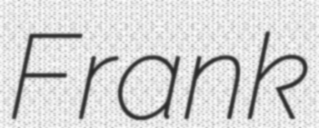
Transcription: Frank